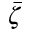
\bar { \zeta }